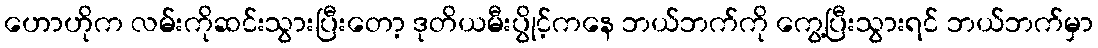
ဟောဟိုက လမ်းကိုဆင်းသွားပြီးတော့ ဒုတိယမီးပွိုင့်ကနေ ဘယ်ဘက်ကို ကွေ့ပြီးသွားရင် ဘယ်ဘက်မှာ